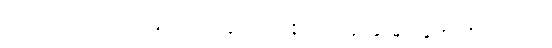
အကြမ်း သဘောအားဖြင့် ကြည့်လျှင် ဒဿနိကဗေဒမှာ နှစ်မျိုး နှစ်စားရှိလေသည်။